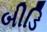
બીડિ